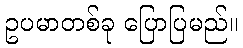
ဥပမာတစ်ခု ပြောပြမည်။